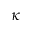
\kappa